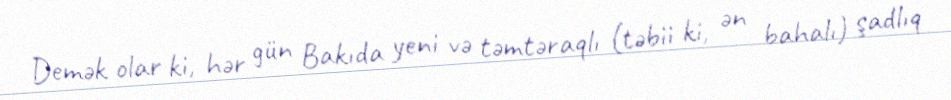
Demək olar ki, hər gün Bakıda yeni və təmtəraqlı (təbii ki, ən bahalı) şadlıq